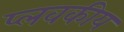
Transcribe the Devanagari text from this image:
प्लवकीय